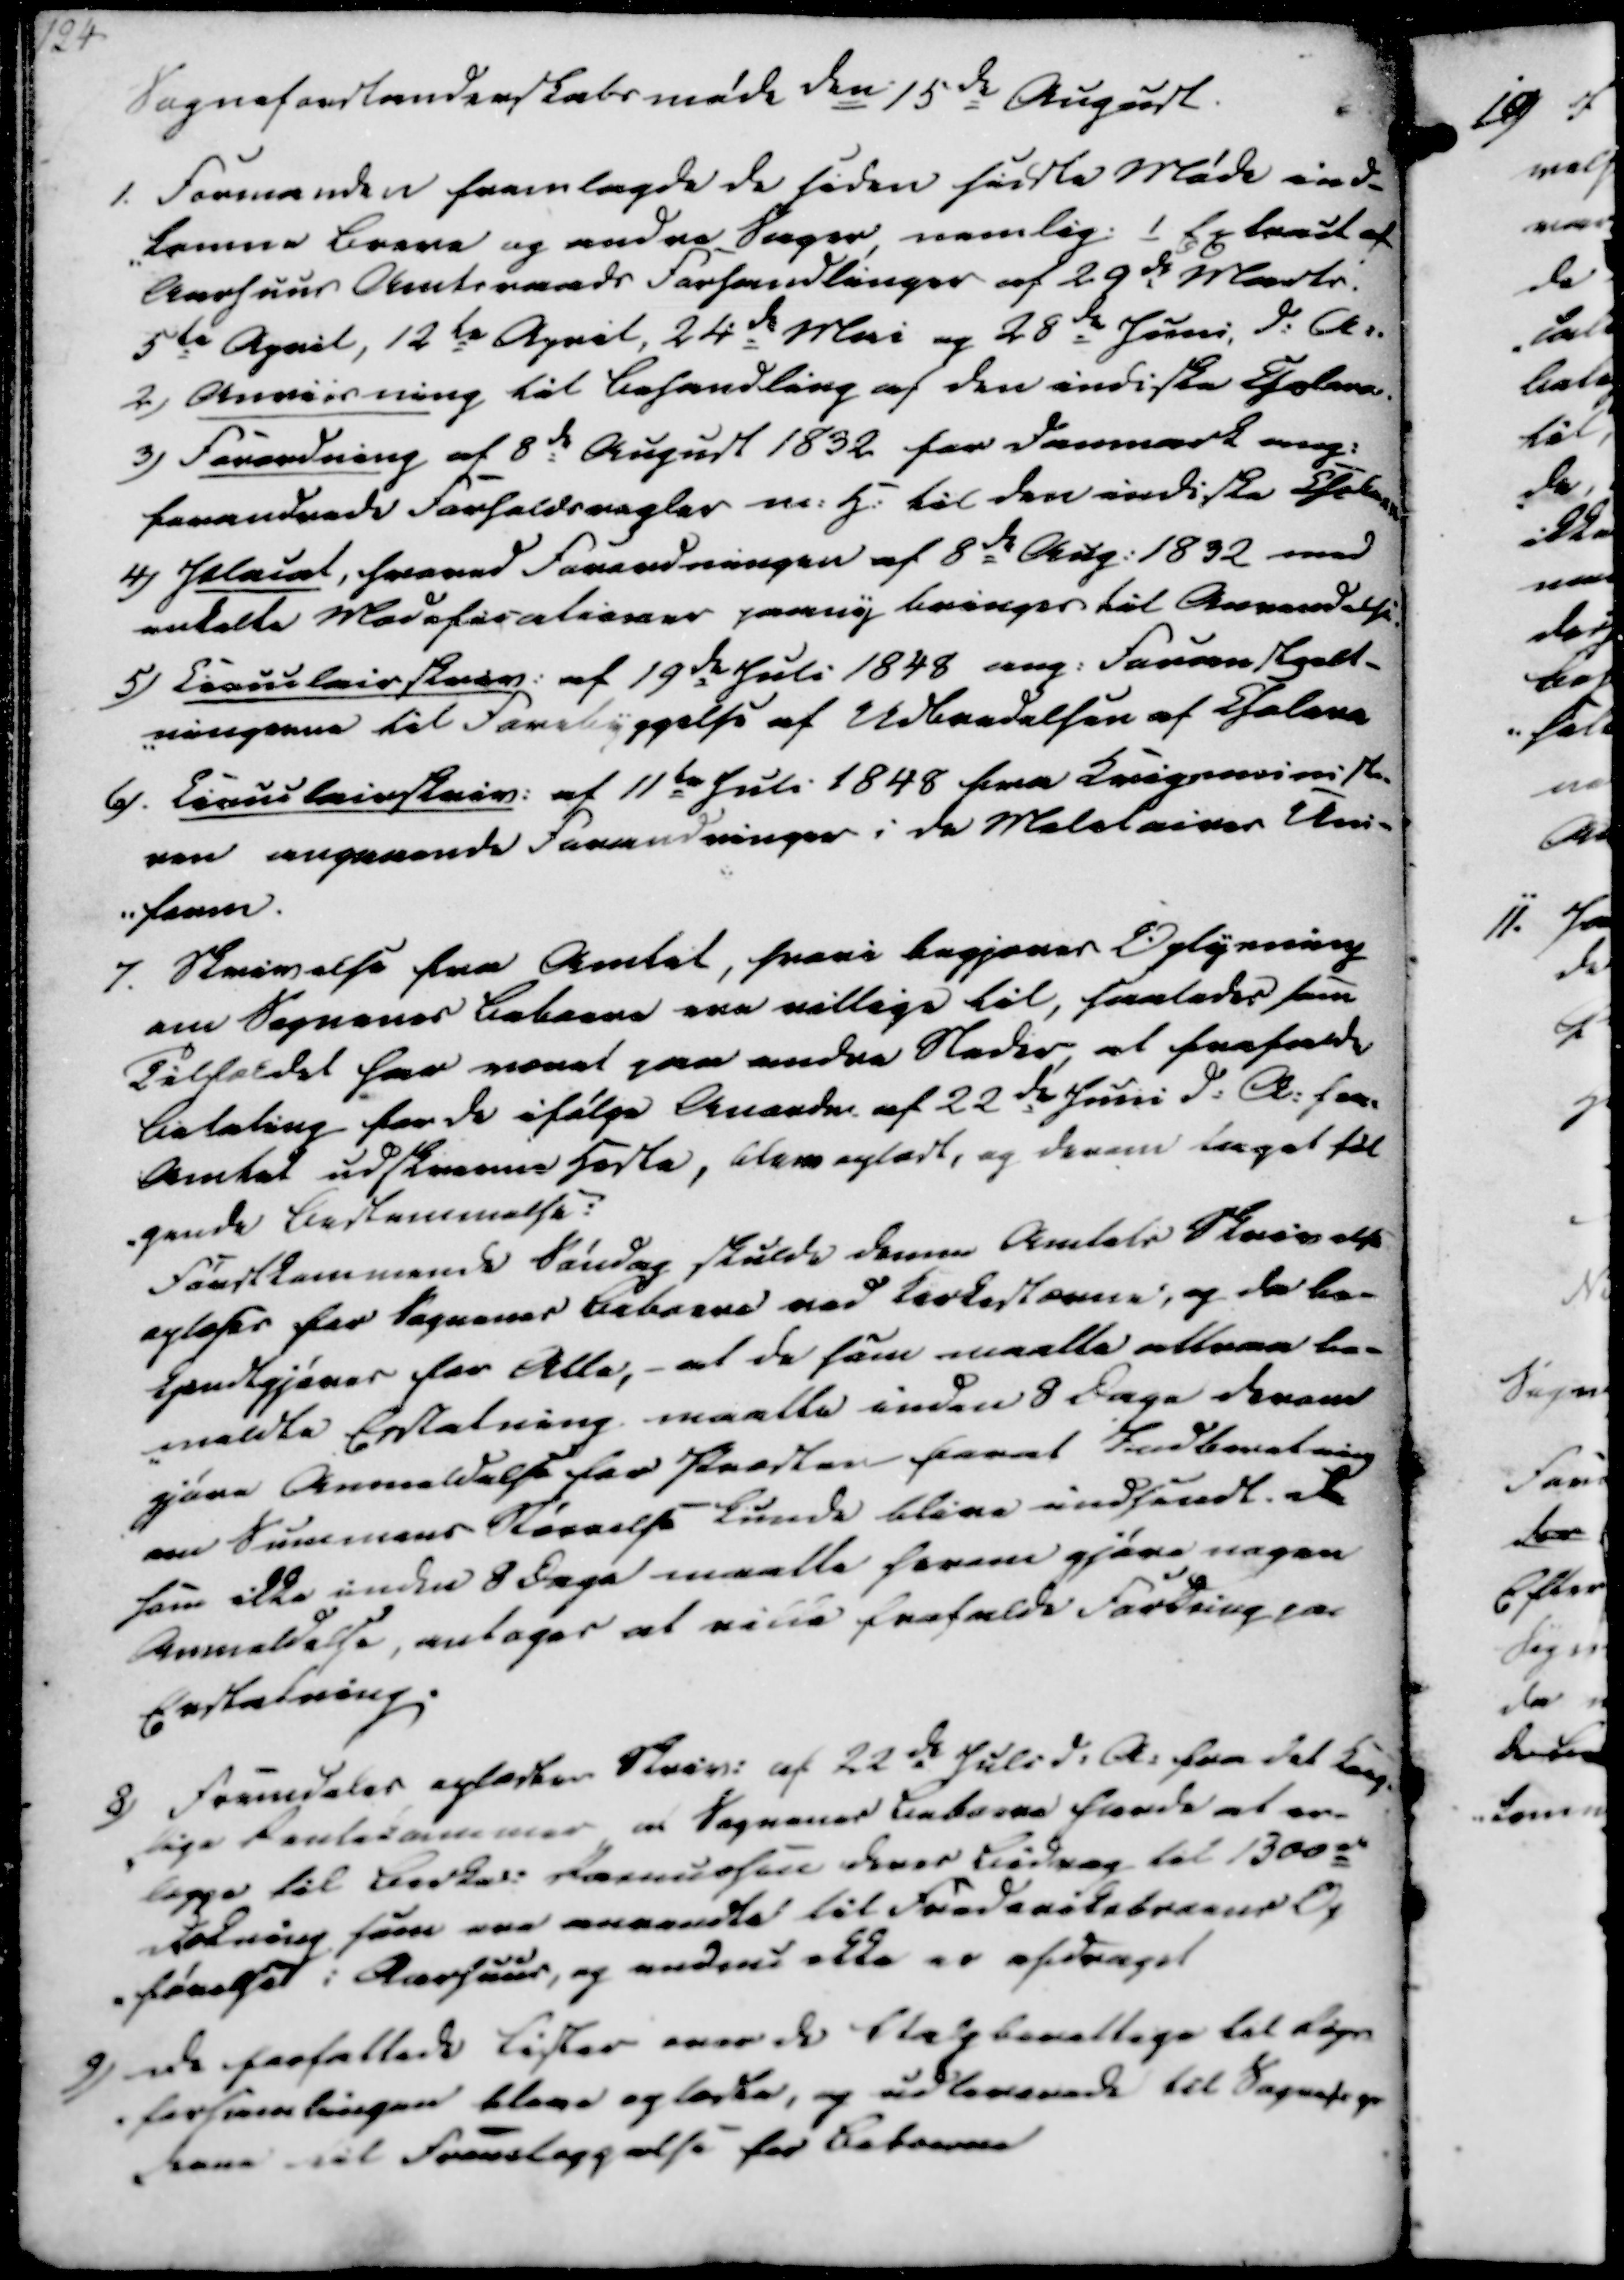
Transskription:
124

Sogneforstanderskabsmøde den 15de August.
1. Formanden fremlagde de siden sidste Møde ind-
-komne Breve og andre Sager, nemlig: 1 Extract af
Aarhuus Amtsraads Forhandlinger af 29de Marts.
5te April, 12te April, 24de Mai og 28de Juni d.A.
2) Anviisning til behandling af den indiske Cholera.
3) Forordning af 8de August 1832 for Danmark ang.
forandrede Forholdsregler m. H. til den indiske Cholera
4) Placat, hvoved Forordningen af 8de Aug. 1832 med
enkelte Modeficationer paany bringes til Anvendelse.
5) Circulairskriv. af 19de Juli 1848 ang. Foranstjalt-
-ningerne til Forebyggelse af Udbredelsen af Cholera
6). Circulairskriv. af 11te Juli 1848 fra Krigsministe-
ren angaaende Forandringer i de Malelaires Uni-
form.

7. Skrivelse fra Amtet, hvori begjæres Oplysning
om Sognenes Beboere ere villige til, saaledes som
Tilfældet har været paa andre Steder, at frafalde
Betaling for de ifølge Anordn. af 22de Juni d.A. som
Amtet udskrevne Høste, blev oplæst, og derom taget føl
-gende Bestemmelse:
Førstkommende Søndag skulde denne Amtets Skrivelse
oplæses for Sognenes Beboere ved Kirkestævne, og da be-
kjendtgjøres for Alle, - at de som maatte attraa be-
meldte Erstatning maatte inden 8 Dage derom
gjøre Anmeldelse hos Præsten forat Indberetning
om Summens Størrelse kunde blive indsendt. De
som ikke inden 8 Dage maatte herom gjøre nogen
Anmeldelse, antages at ville frafalde Fordring paa
Erstatning.

8) Fremdeles oplæstes Skriv. af 22de Juli d.A. fra det kong-
lige Rentekammer at Sognenes Beboere havde at er-
lægge til Birked. Rasmussen deres Bidrag til 1300 rd
Delning som ere anvendte til Frederiksbroens Op
-førelse i Aarhuus, og endnu ikke er afdraget
9) De forfattede Lister over de Valgberettige til Rigs
forsamlingen bleve oplæste, og udleverede til Sognefog-
-derne til Fremleggelse for Beboerne